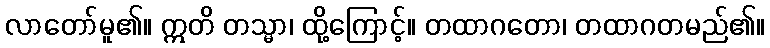
လာတော်မူ၏။ ဣတိ တသ္မာ၊ ထို့ကြောင့်။ တထာဂတော၊ တထာဂတမည်၏။